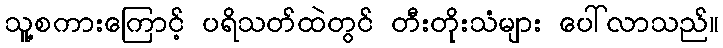
သူ့စကားကြောင့် ပရိသတ်ထဲတွင် တီးတိုးသံများ ပေါ်လာသည်။